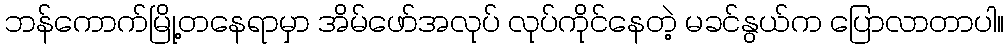
ဘန်ကောက်မြို့တနေရာမှာ အိမ်ဖော်အလုပ် လုပ်ကိုင်နေတဲ့ မခင်နွယ်က ပြောလာတာပါ။